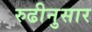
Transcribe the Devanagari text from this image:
रुढीनुसार